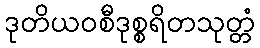
ဒုတိယဝစီဒုစ္စရိတသုတ္တံ